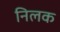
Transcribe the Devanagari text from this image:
निलक